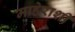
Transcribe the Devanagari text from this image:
माहेराशी